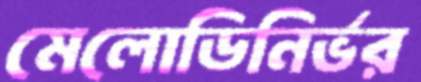
মেলোডিনির্ভর